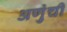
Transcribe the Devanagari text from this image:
अणुंची